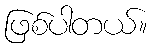
ဖြစ်ပါတယ်။